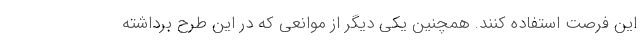
این فرصت استفاده کنند. همچنین یکی دیگر از موانعی که در این طرح برداشته